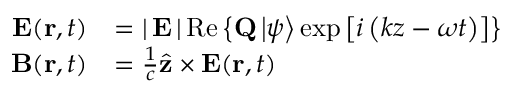
{ \begin{array} { r l } { \mathbf { E } ( \mathbf { r } , t ) } & { = \left| \, \mathbf { E } \, \right| \mathrm { R e } \left\{ \mathbf { Q } \left| \psi \right\rangle \exp \left[ i \left( k z - \omega t \right) \right] \right\} } \\ { \mathbf { B } ( \mathbf { r } , t ) } & { = { \frac { 1 } { c } } { \hat { \mathbf { z } } } \times \mathbf { E } ( \mathbf { r } , t ) } \end{array} }